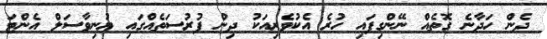
ދެން ހަދާނެ ގޮތެއް ނޭންގިފައި ހުރެ އެކުވެރިއަކު ދިން ފުރުސަތެއްގައި ޔުނިވާސަލް އެންޓަ